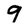
Character: 9